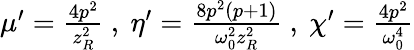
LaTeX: \begin{array}{r}{\mu^{\prime}=\frac{4p^{2}}{z_{R}^{2}}\ ,\ \eta^{\prime}=\frac{8p^{2}(p+1)}{\omega_{0}^{2}z_{R}^{2}}\ ,\ \chi^{\prime}=\frac{4p^{2}}{\omega_{0}^{4}}}\end{array}